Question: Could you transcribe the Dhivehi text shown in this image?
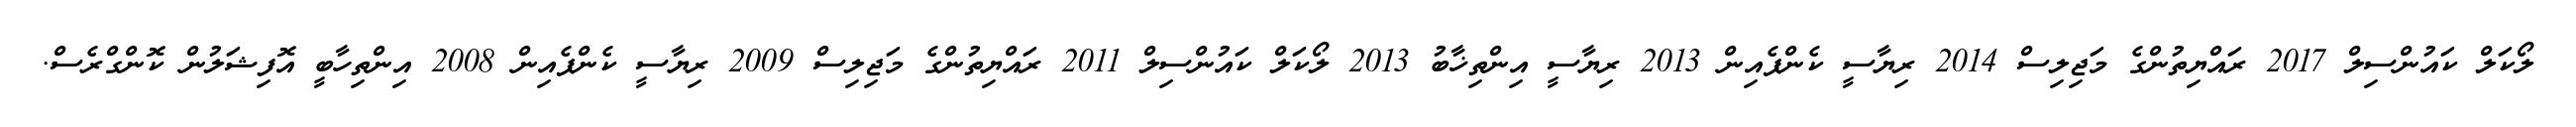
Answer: ލޯކަލް ކައުންސިލް 2017 ރައްޔިތުންގެ މަޖިލިސް 2014 ރިޔާސީ ކެންޕެއިން 2013 ރިޔާސީ އިންތިޚާބު 2013 ލޯކަލް ކައުންސިލް 2011 ރައްޔިތުންގެ މަޖިލިސް 2009 ރިޔާސީ ކެންޕެއިން 2008 އިންތިހާބީ އޮފިޝަލުން ކޮންގްރެސް.